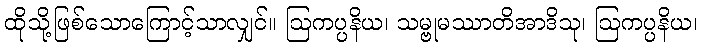
ထိုသို့ဖြစ်သောကြောင့်သာလျှင်။ ဩကပ္ပနိယ၊ သမ္ဗုမဿာတိအာဒိသု၊ ဩကပ္ပနိယ၊